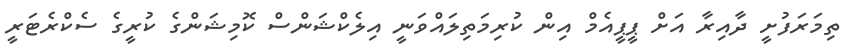
ތިމަރަފުށީ ދާއިރާ އަށް ޕީޕީއެމް އިން ކުރިމަތިލައްވަނީ އިލެކްޝަންސް ކޮމިޝަންގެ ކުރީގެ ސެކްރެޓަރީ